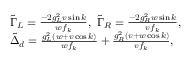
\begin{array} { r l } & { \tilde { \Gamma } _ { L } = \frac { - 2 g _ { L } ^ { 2 } v \sin k } { w f _ { k } } , ~ \tilde { \Gamma } _ { R } = \frac { - 2 g _ { R } ^ { 2 } w \sin k } { v f _ { k } } , } \\ & { \tilde { \Delta } _ { d } = \frac { g _ { L } ^ { 2 } ( w + v \cos k ) } { w f _ { k } } + \frac { g _ { R } ^ { 2 } ( v + w \cos k ) } { v f _ { k } } , } \end{array}